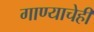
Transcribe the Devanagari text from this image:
गाण्याचेही